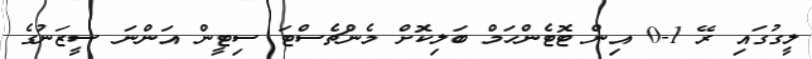
ލީގުގައި ރޭ 1-0 އިން ޓޮޓެންހަމް ބަލިކޮށް މެންޗެސްޓަ ސިޓީން އަންނަ ސީޒަނުގެ